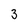
Character: 3